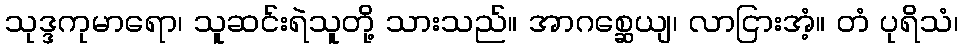
သုဒ္ဒကုမာရော၊ သူဆင်းရဲသူတို့ သားသည်။ အာဂစ္ဆေယျ၊ လာငြားအံ့။ တံ ပုရိသံ၊